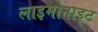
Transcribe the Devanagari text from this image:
लाइमोनाइट